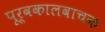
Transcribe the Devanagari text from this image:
पूर्वकालवाचक